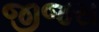
જીજસ